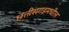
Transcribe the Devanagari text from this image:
छत्तीसगडमधील